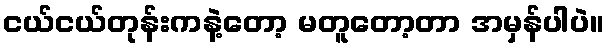
ငယ်ငယ်တုန်းကနဲ့တော့ မတူတော့တာ အမှန်ပါပဲ။